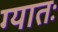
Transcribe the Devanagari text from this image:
ग्यातः